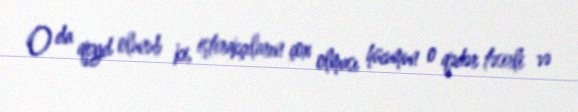
O da qeyd olunub ki, iştirakçıların çox olması hücumun o qədər təsirli və